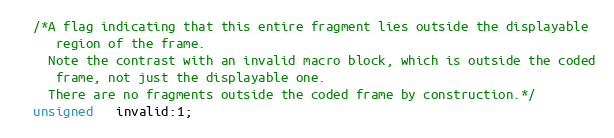
Language: C
  /*A flag indicating that this entire fragment lies outside the displayable
     region of the frame.
    Note the contrast with an invalid macro block, which is outside the coded
     frame, not just the displayable one.
    There are no fragments outside the coded frame by construction.*/
  unsigned   invalid:1;